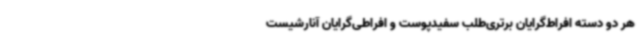
هر دو دسته افراط‌گرایان برتری‌طلب سفیدپوست و افراطی‌گرایان آنارشیست